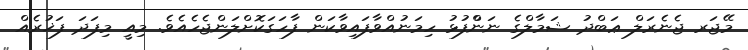
މޭޖަރ ޖެނެރަލް ޢަބްދު ޝަމާލްގެ ނަންްފުޅު ހިމަނުއްވާފައިވާކަން ފާހަގަކޮށްލަންޖެހެއެވެ. މިއީ މިފަދަ ފަޚުރެއް